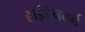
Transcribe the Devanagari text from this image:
हाइंडेनबर्ग